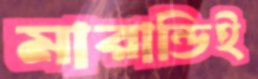
মারান্ডিই